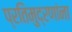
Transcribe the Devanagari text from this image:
प्रतिमुद्रणांना